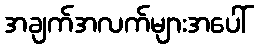
အချက်အလက်များအပေါ်